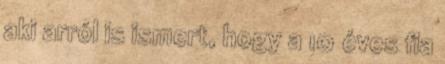
aki arról is ismert, hogy a 10 éves fia